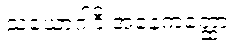
သံယောဂါဒိ အနေကတ္ထော။